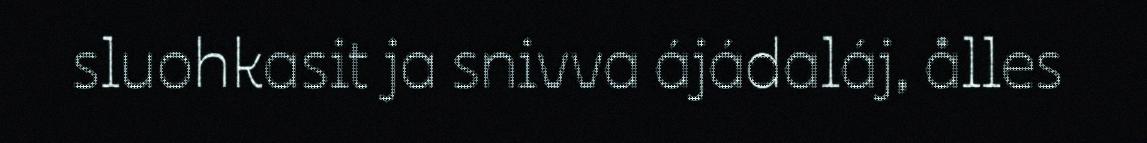
sluohkasit ja snivva ájádaláj, ålles